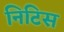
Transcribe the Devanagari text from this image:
निटिस